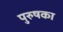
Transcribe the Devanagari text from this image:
पुरुषका